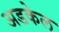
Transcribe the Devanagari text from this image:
अडकेल